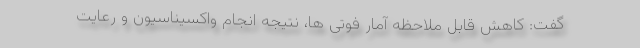
گفت: کاهش قابل ملاحظه آمار فوتی ها، نتیجه انجام واکسیناسیون و رعایت